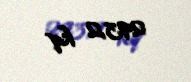
293,2 kq